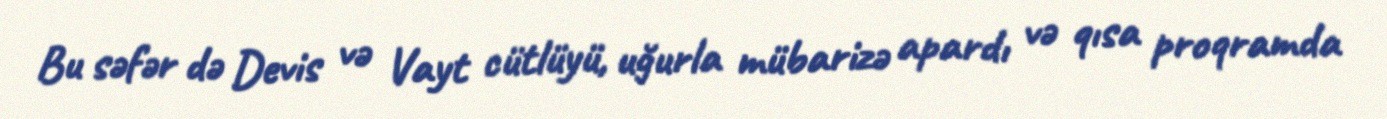
Bu səfər də Devis və Vayt cütlüyü, uğurla mübarizə apardı və qısa proqramda